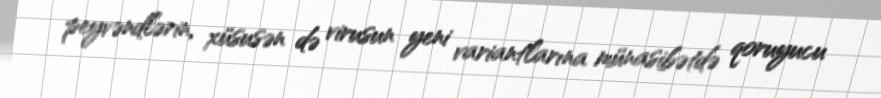
peyvəndlərin, xüsusən də virusun yeni variantlarına münasibətdə qoruyucu